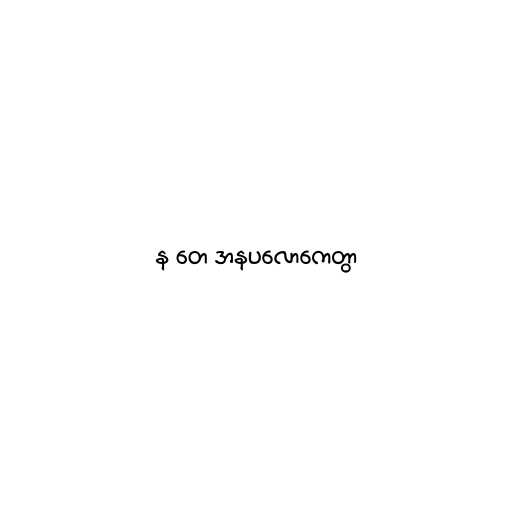
န တေ အနပလောကေတွာ